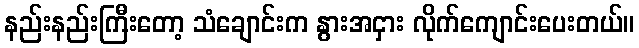
နည်းနည်းကြီးတော့ သံချောင်းက နွားအငှား လိုက်ကျောင်းပေးတယ်။